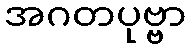
အဂတပုဗ္ဗာ